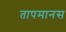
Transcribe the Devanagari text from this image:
तापमानस